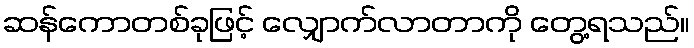
ဆန်ကောတစ်ခုဖြင့် လျှောက်လာတာကို တွေ့ရသည်။